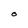
Character: O